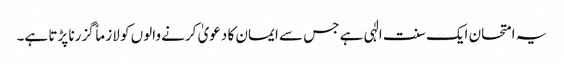
یہ امتحان ایک سنت الٰہی ہے جس سے ایمان کا دعویٰ کرنے والوں کو لازماً گزرنا پڑتا ہے۔